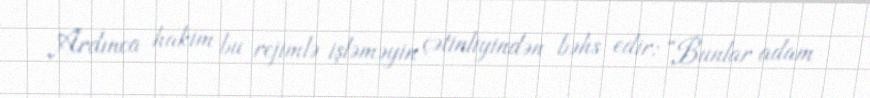
Ardınca hakim bu rejimlə işləməyin çətinliyindən bəhs edir: “Bunlar adam